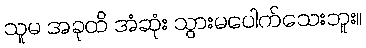
သူမ အခုထိ အံဆုံး သွားမပေါက်သေးဘူး။